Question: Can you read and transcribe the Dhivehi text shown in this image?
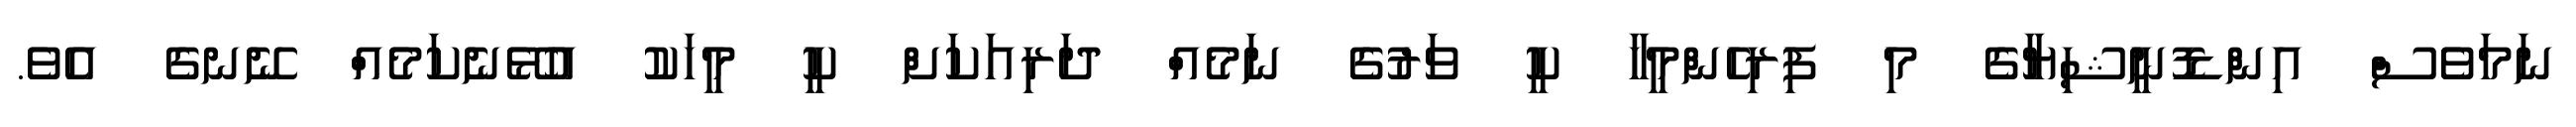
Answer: ނަމަވެސް އިންޑޮނީޝިޔާގެ މި ފިރިހެންމީހާ ކީ ވަރުގެ ނަމެއް ދަރިއަކަށް ކީ މީހަކު އުޅޭނެކަމެއް ނޭނގެ އެވެ.